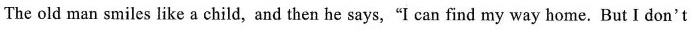
The old man smiles like a child, and then he says,"I can find my way home. But I don't